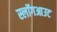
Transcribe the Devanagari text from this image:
स्लॉगआउट